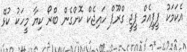
އެކަމަކު ޕީޕީއެމް ޕީޖީ ގްރޫޕް ހައިޖެކް ކޮށްގެން ބްރޯ ކިޔާ މީހަކު ކުޅޭ